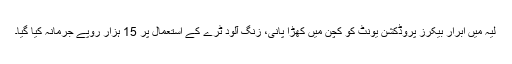
لیہ میں ابرار بیکرز پروڈکشن یونٹ کو کچن میں کھڑا پانی، زنگ آلود ٹرے کے استعمال پر 15 ہزار روپے جرمانہ کیا گیا۔